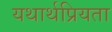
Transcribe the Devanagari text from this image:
यथार्थप्रियता